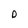
Character: o